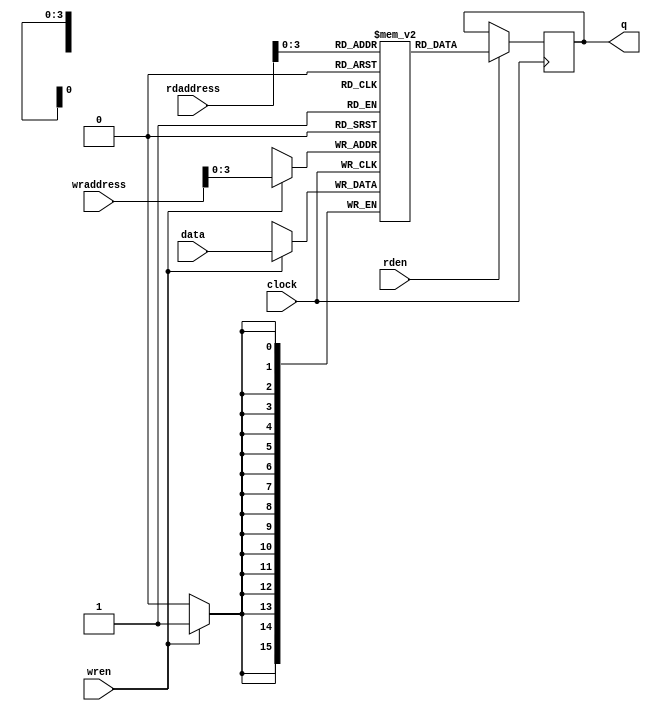
`timescale 1ns / 1ps


module output_mem (

  input clock,
  input [15:0] data,
  input [7:0] rdaddress,
  input rden,
  input [7:0] wraddress,
  input wren,
  output reg [15:0] q
  
);

  reg [15:0] memory [0:15];

  always @(posedge clock) begin
    if (rden)
    
      q <= memory[rdaddress];
      
    if (wren)
    
      memory[wraddress] <= data;
      
  end

endmodule